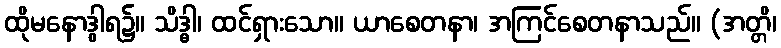
ထိုမနောဒွါရ၌။ သိဒ္ဓါ၊ ထင်ရှားသော။ ယာစေတနာ၊ အကြင်စေတနာသည်။ (အတ္တိ၊